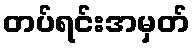
တပ်ရင်းအမှတ်